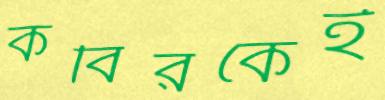
কবিরকেই